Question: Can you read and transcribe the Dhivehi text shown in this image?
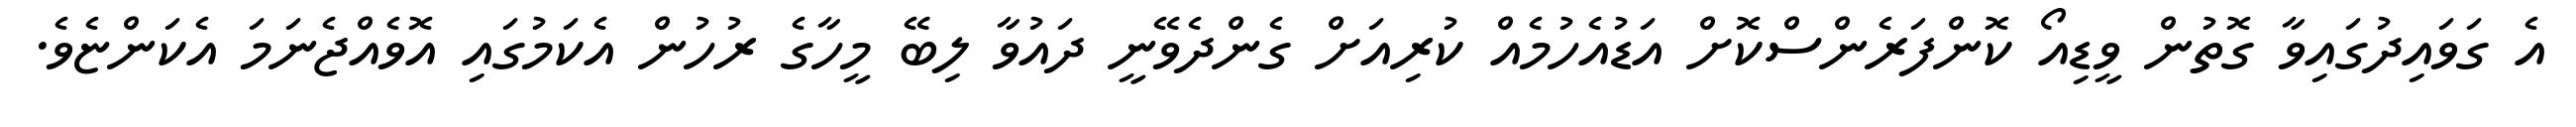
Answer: އެ ގަވައިދުގައިވާ ގޮތުން ވީޑިއޯ ކޮންފަރެންސްކޮށް އަޑުއެހުމެއް ކުރިއަށް ގެންދެވޭނީ ދައުވާ ލިބޭ މީހާގެ ރުހުން އެކަމުގައި އޮވެއްޖެނަމަ އެކަންޏެވެ.